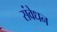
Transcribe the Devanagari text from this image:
संवेधन